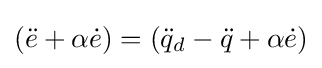
({\ddot {e}}+\alpha {\dot {e}})=({\ddot {q}}_{d}-{\ddot {q}}+\alpha {\dot {e}})